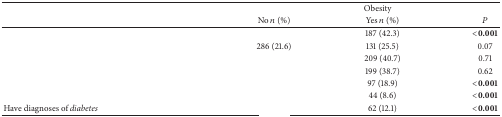
<table><thead><tr><td>[EMPTY_CELL]</td><td colspan="3"><b>Obesity</b></td></tr><tr><td>[EMPTY_CELL]</td><td><b>No <i>n</i> (%)</b></td><td><b>Yes <i>n</i> (%)</b></td><td><b><i>P</i></b></td></tr></thead><tbody><tr><td>[EMPTY_CELL]</td><td>[EMPTY_CELL]</td><td>187 (42.3)</td><td><b>&lt;0.001</b></td></tr><tr><td>[EMPTY_CELL]</td><td>286 (21.6)</td><td>131 (25.5)</td><td>0.07</td></tr><tr><td>[EMPTY_CELL]</td><td>[EMPTY_CELL]</td><td>209 (40.7)</td><td>0.71</td></tr><tr><td>[EMPTY_CELL]</td><td>[EMPTY_CELL]</td><td>199 (38.7)</td><td>0.62</td></tr><tr><td>[EMPTY_CELL]</td><td>[EMPTY_CELL]</td><td>97 (18.9)</td><td><b>&lt;0.001</b></td></tr><tr><td>[EMPTY_CELL]</td><td>[EMPTY_CELL]</td><td>44 (8.6)</td><td><b>&lt;0.001</b></td></tr><tr><td>Have diagnoses of<i> diabetes </i></td><td>[EMPTY_CELL]</td><td>62 (12.1)</td><td><b>&lt;0.001</b></td></tr></tbody></table>